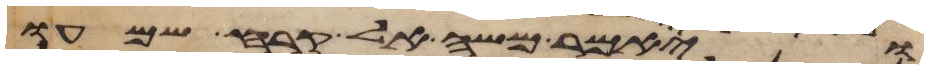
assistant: ויאמר משה אל קרח שמעו